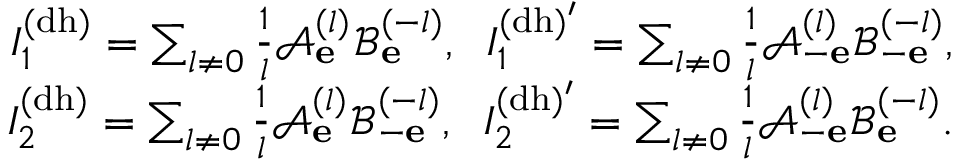
\begin{array} { r } { I _ { 1 } ^ { \mathrm { ( d h ) } } = \sum _ { l \neq 0 } \frac { 1 } { l } \mathcal { A } _ { \bf e } ^ { ( l ) } \mathcal { B } _ { \bf e } ^ { ( - l ) } , \; \; I _ { 1 } ^ { \mathrm { ( d h ) ^ { \prime } } } = \sum _ { l \neq 0 } \frac { 1 } { l } \mathcal { A } _ { - \bf e } ^ { ( l ) } \mathcal { B } _ { - \bf e } ^ { ( - l ) } , } \\ { I _ { 2 } ^ { \mathrm { ( d h ) } } = \sum _ { l \neq 0 } \frac { 1 } { l } \mathcal { A } _ { \bf e } ^ { ( l ) } \mathcal { B } _ { - \bf e } ^ { ( - l ) } , \; \; I _ { 2 } ^ { \mathrm { ( d h ) ^ { \prime } } } = \sum _ { l \neq 0 } \frac { 1 } { l } \mathcal { A } _ { - \bf e } ^ { ( l ) } \mathcal { B } _ { \bf e } ^ { ( - l ) } . } \end{array}